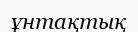
ұнтақтық